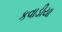
કવાડીયા